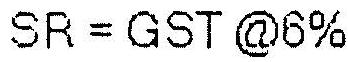
SR = GST @6%